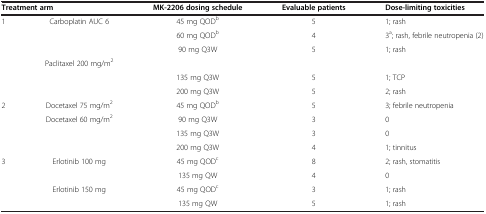
<table><thead><tr><td colspan="2"><b>Treatment arm</b></td><td><b>MK-2206 dosing schedule</b></td><td><b>Evaluable patients</b></td><td><b>Dose-limiting toxicities</b></td></tr></thead><tbody><tr><td rowspan="6">1</td><td>Carboplatin AUC 6</td><td>45 mg QOD<sup>b</sup></td><td>5</td><td>1; rash</td></tr><tr><td> </td><td>60 mg QOD<sup>b</sup></td><td>4</td><td>3<sup>a</sup>; rash, febrile neutropenia (2)</td></tr><tr><td> </td><td>90 mg Q3W</td><td>5</td><td>1; rash</td></tr><tr><td>Paclitaxel 200 mg/m<sup>2</sup></td><td> </td><td> </td><td> </td></tr><tr><td> </td><td>135 mg Q3W</td><td>5</td><td>1; TCP</td></tr><tr><td> </td><td>200 mg Q3W</td><td>5</td><td>2; rash</td></tr><tr><td rowspan="4">2</td><td>Docetaxel 75 mg/m<sup>2</sup></td><td>45 mg QOD<sup>b</sup></td><td>5</td><td>3; febrile neutropenia</td></tr><tr><td>Docetaxel 60 mg/m<sup>2</sup></td><td>90 mg Q3W</td><td>3</td><td>0</td></tr><tr><td> </td><td>135 mg Q3W</td><td>3</td><td>0</td></tr><tr><td> </td><td>200 mg Q3W</td><td>4</td><td>1; tinnitus</td></tr><tr><td rowspan="3">3</td><td>Erlotinib 100 mg</td><td>45 mg QOD<sup>c</sup></td><td>8</td><td>2; rash, stomatitis</td></tr><tr><td> </td><td>135 mg QW</td><td>4</td><td>0</td></tr><tr><td>Erlotinib 150 mg</td><td>45 mg QOD<sup>c</sup></td><td>3</td><td>1; rash</td></tr><tr><td> </td><td> </td><td>135 mg QW</td><td>5</td><td>1; rash</td></tr></tbody></table>